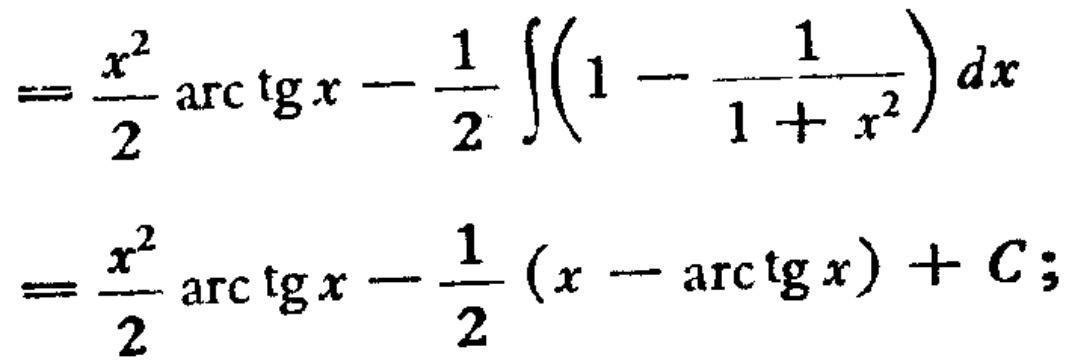
\[

\begin{align*}

&=\frac{x^{2}}{2}\arctan x-\frac{1}{2}\int\left(1 - \frac{1}{1 + x^{2}}\right)dx\\

&=\frac{x^{2}}{2}\arctan x-\frac{1}{2}(x - \arctan x)+C;

\end{align*}

\]